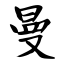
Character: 曼